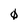
Character: 0